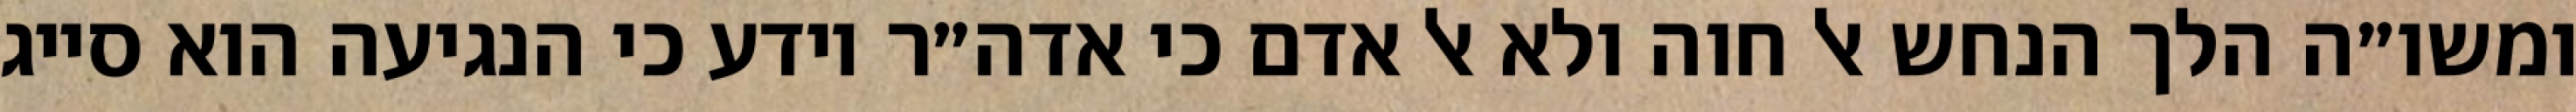
ומשו״ה הלך הנחש אל חוה ולא אל אדם כי אדה״ר יודע כי הנגיעה הוא סייג